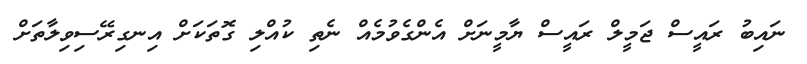
ނައިބު ރައީސް ޖަމީލް ރައީސް ޔާމީނަށް އެންގެވުމެއް ނެތި ކުއްލި ގޮތަކަށް އިނގިރޭސިވިލާތަށް